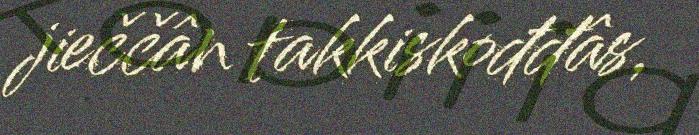
jieččân takkiskođđâs,